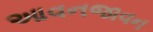
આવનજાવન